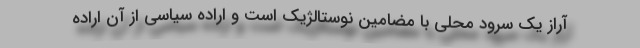
آراز یک سرود محلی با مضامین نوستالژیک است و اراده سیاسی از آن اراده